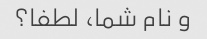
و نام شما، لطفا؟